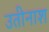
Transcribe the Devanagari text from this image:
उतीनाश